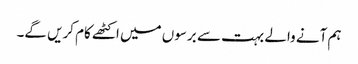
ہم آنے والے بہت سے برسوں میں اکٹھے کام کریں گے۔